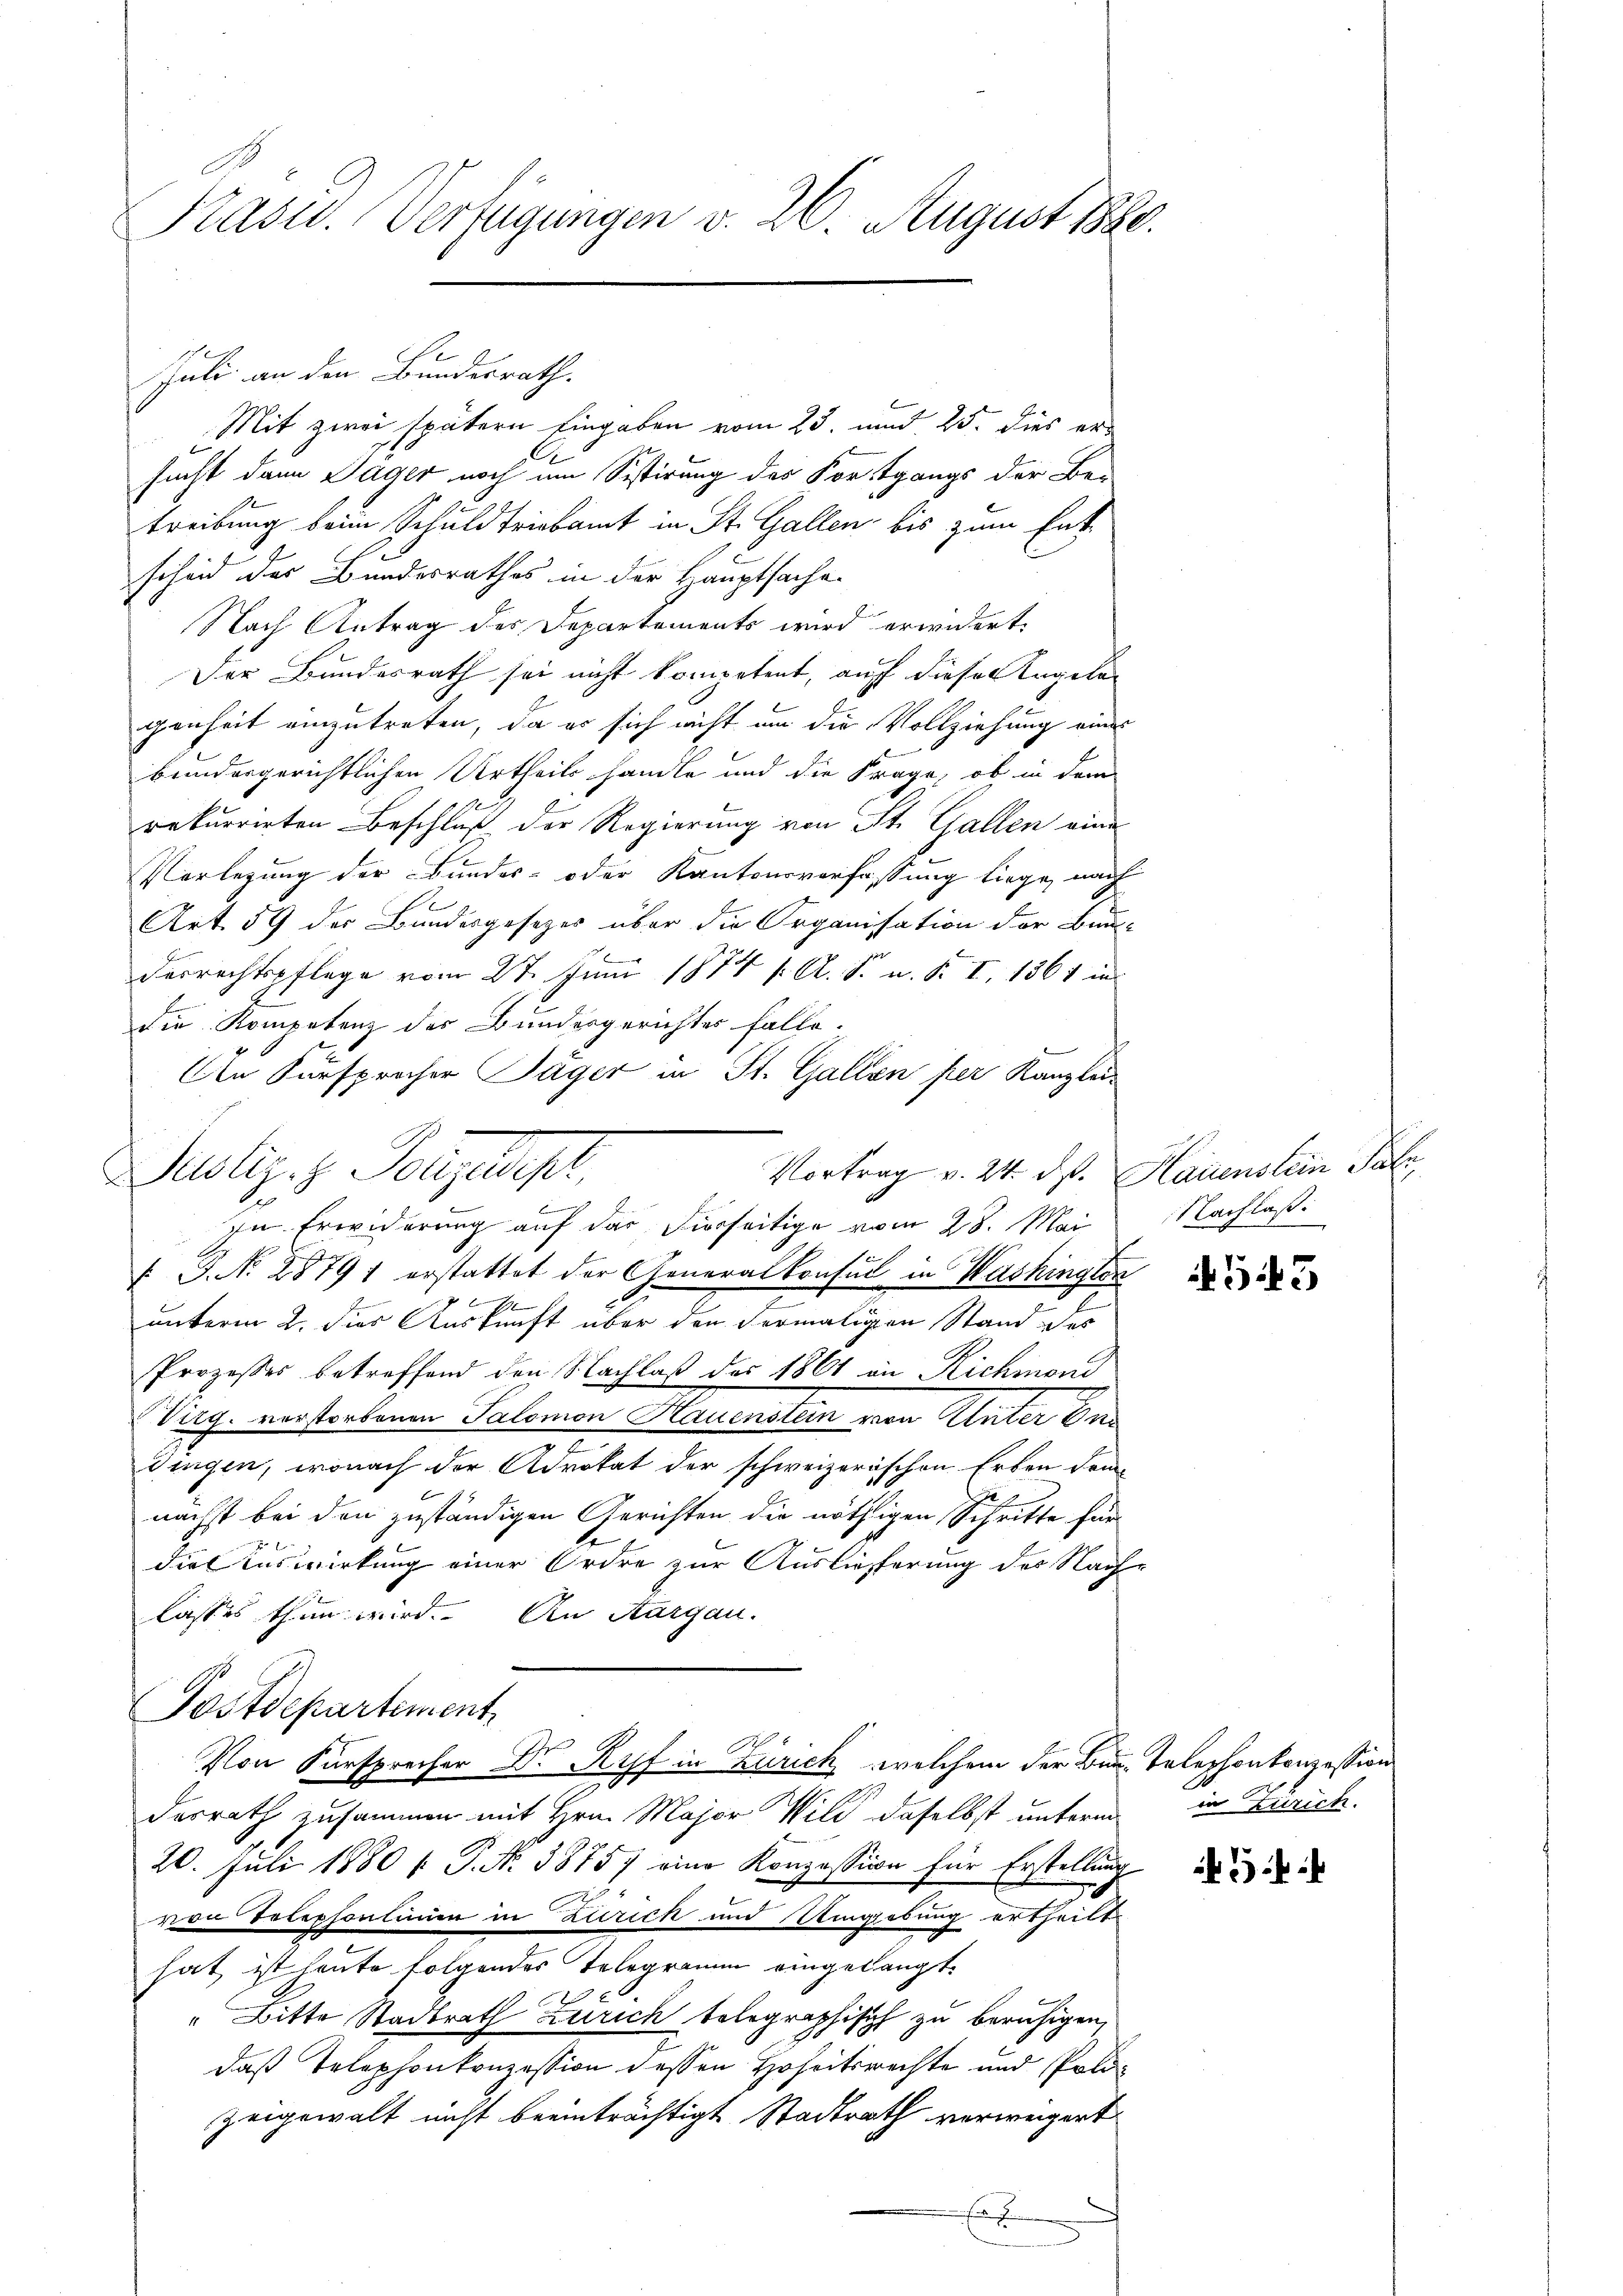
Präsid. Verfügungen v. 26. August 1880.

Mit zwei spätern Eingaben vom 23. und 25. dies ersucht dann Sager noch um Sistirung des Fortgangs der Betreibung beim Schuldtriebamt in St. Gallen bis zum Ent-
scheid der Bundesrathes in der Hauptsache.
Nach Antrag des Departements wird erwidert,
Der Bundesrath sei nicht kompetent, auf dieser Angelegenheit einzutreten, da es sich nicht um die Vollziehung eines
bendergerichtlichen Urtheils handle und die Frage, ob in dem
rekurrirten Beschluß der Regierung von St. Gallen eine
Vorlegung der Bundes- oder Kantonsverfassung liege, nach
e
Art. 59 der Bundesgesezes über die Organisation der Bau-
Derrechtspflege vom 27. Juni 1874 s. A. S. u. S. I, 1361 in
die Kompetenz des Bundesgerichtes falle.
Ain Fürsprocher Jäger in St. Gallen per Kanzleietes ande
Justiz. Porzuscht,
e
In Erwiderung auf das Fierseitige vom 28. Mai
" J. NNo. 28791 erstattet der Generalkonsul in Washington
e
unterm 2. dies Auskunft über den dermaligen Stand des
Prozesses betreffend den Nachlaß des 1861 in Richmond
Virg. verstorbenen Salomon Hauenstein von Unter das
e
dingen, wonach der Advokat der schweizerischen Erben dem
nächst bei den zuständigen Gerichten die nöthigen Schritte für
be
die Auswirkung einer Ordre zur Auslieferung des Nach
lasses thun wird. An Aargau.
Postdepartement
Von Fürsprecher Dr Ryf in Zürich welchem der Bann Telephonkonzession
desrath zusammen mit Hrn. Major Wild daselbst unterm
20. Juli 1880 f. P. Nr. 38757 eine Konzession für Erstellung
von Telephonlinien in Zürich und Umgebung ertheilt
hat ist heute folgendes Telegramm eingelangt.
d
" Bitte Stadtrath Zürich telegraphisch zu beruhigen,
daß Telephonkonzession dessen Hoheitsrechte und Polizeigewalt nicht beeinträchtigt Stadtrath verweigert
n

Juli an den Bundesrath.

Nachlaß

543

in Zürich.